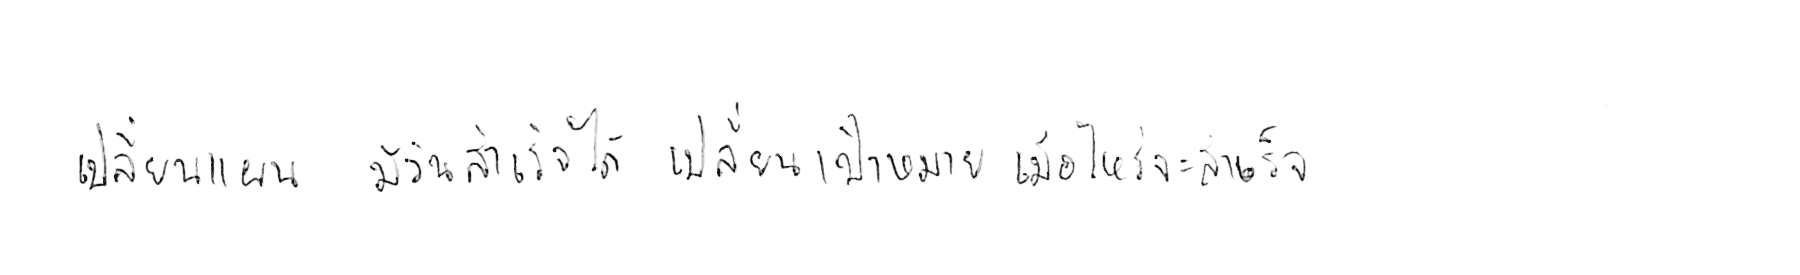
เปลี่ยนแผน มีวันสำเร็จได้ เปลี่ยนเป้าหมาย เมื่อไหร่จะสำเร็จ